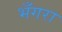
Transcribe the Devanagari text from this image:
भँगरा